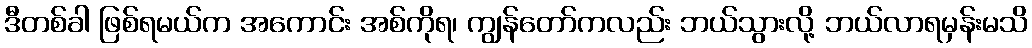
ဒီတစ်ခါ ဖြစ်ရမယ်က အကောင်း အစ်ကိုရ၊ ကျွန်တော်ကလည်း ဘယ်သွားလို့ ဘယ်လာရမှန်းမသိ